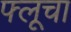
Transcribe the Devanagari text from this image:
फ्लूचा